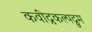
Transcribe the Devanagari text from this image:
कवींद्रकल्पद्रुम